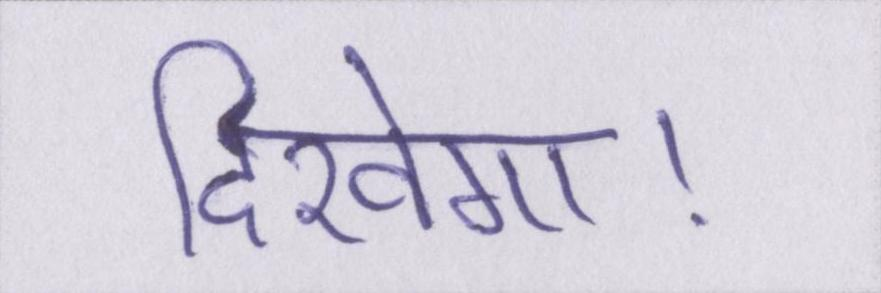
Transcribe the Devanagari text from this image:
दिखेगा।